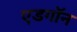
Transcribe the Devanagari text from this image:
एडगॉन